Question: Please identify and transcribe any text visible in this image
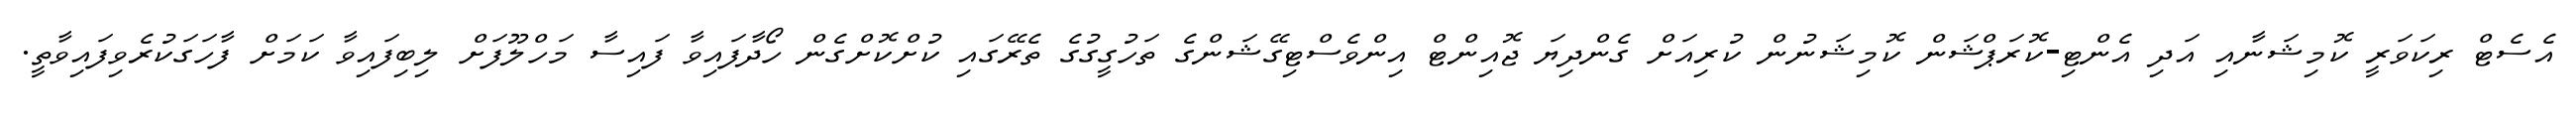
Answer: އެސެޓް ރިކަވަރީ ކޮމިޝަނާއި އަދި އެންޓި-ކޮރަޕްޝަން ކޮމިޝަނުން ކުރިއަށް ގެންދިޔަ ޖޮއިންޓް އިންވެސްޓިގޭޝަންގެ ތަހުގީގުގެ ތެރޭގައި ކުށްކޮށްގެން ހޯދާފައިވާ ފައިސާ މަހްލޫފަށް ލިބިފައިވާ ކަމަށް ފާހަގަކުރެވިފައިވާތީ.